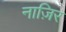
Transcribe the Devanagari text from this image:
नाज़िर